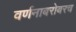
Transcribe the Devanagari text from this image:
वर्णनाबरोबरच